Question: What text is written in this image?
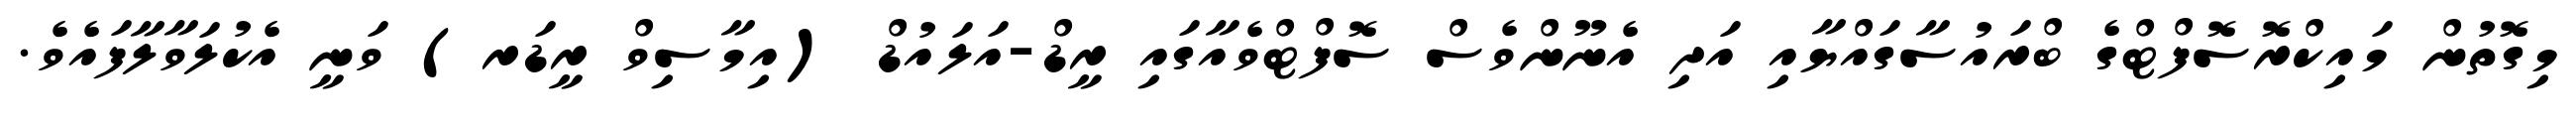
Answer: މިގޮތުން މައިކްރޮސޮފްޓްގެ ބްރައުސާގައްޔާއި އަދި އެނޫންވެސް ސޮފްޓްވެއާގައި ރީޑް-އަލައުޑް (އިމާސިވް ރީޑަރ) ވަނީ އެކުލަވާލާފައެވެ.